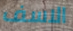
الاسف